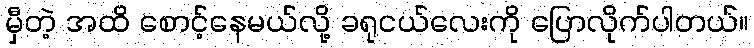
မှီတဲ့ အထိ စောင့်နေမယ်လို့ ခရုငယ်လေးကို ပြောလိုက်ပါတယ်။